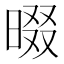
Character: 𣇽